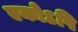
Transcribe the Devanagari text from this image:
एकोऽपि